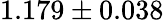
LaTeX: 1.179\pm 0.038